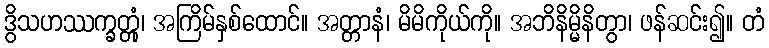
ဒွိသဟဿက္ခတ္တုံ၊ အကြိမ်နှစ်ထောင်။ အတ္တာနံ၊ မိမိကိုယ်ကို။ အဘိနိမ္မိနိတွာ၊ ဖန်ဆင်း၍။ တံ